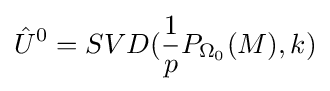
{\hat {U}}^{0}=SVD({\frac {1}{p}}P_{\Omega _{0}}(M),k)